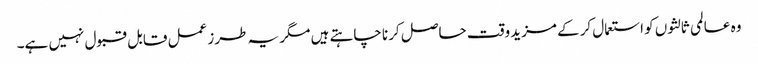
وہ عالمی ثالثوں کو استعمال کرکے مزید وقت حاصل کرنا چاہتے ہیں مگر یہ طرز عمل قابل قبول نہیں ہے۔